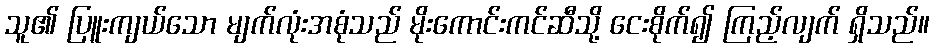
သူ၏ ပြူးကျယ်သော မျက်လုံးအစုံသည် မိုးကောင်းကင်ဆီသို့ ငေးစိုက်၍ ကြည့်လျက် ရှိသည်။